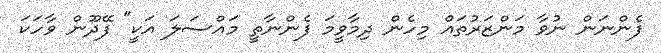
ފެންނަން ނުވާ މަންޒަރުތައް މިހެން ދިމާވީމަ ފެންނާތީ މައްސަލަ އަކީ" ފޭދޫން ވާހަކަ